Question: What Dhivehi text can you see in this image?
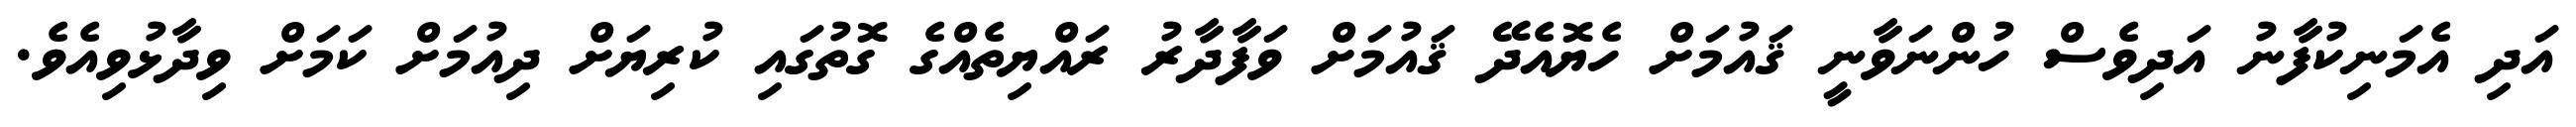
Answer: އަދި އެމަނިކުފާނު އަދިވެސް ހުންނަވާނީ ޤައުމަށް ހެޔޮއެދޭ ޤައުމަށް ވަފާދާރު ރައްޔިތެއްގެ ގޮތުގައި ކުރިޔަށް ދިއުމަށް ކަމަށް ވިދާޅުވިއެވެ.